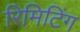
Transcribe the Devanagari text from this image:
रिमिटिंग